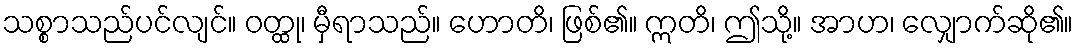
သစ္စာသည်ပင်လျင်။ ဝတ္ထု၊ မှီရာသည်။ ဟောတိ၊ ဖြစ်၏။ ဣတိ၊ ဤသို့။ အာဟ၊ လျှောက်ဆို၏။